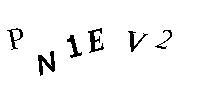
PN1EV2